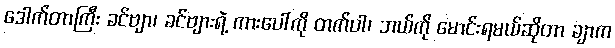
ဒေါက်တာကြီး ခင်ဗျာ၊ ခင်ဗျားရဲ့ ကားပေါ်ကို တက်ပါ၊ ဘယ်ကို မောင်းရမယ်ဆိုတာ ချာက